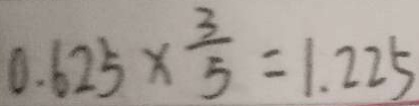
0 . 6 2 5 \times \frac { 3 } { 5 } = 1 . 2 2 5